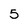
Character: 5